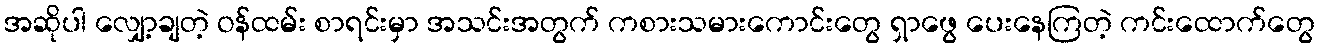
အဆိုပါ လျှော့ချတဲ့ ဝန်ထမ်း စာရင်းမှာ အသင်းအတွက် ကစားသမားကောင်းတွေ ရှာဖွေ ပေးနေကြတဲ့ ကင်းထောက်တွေ